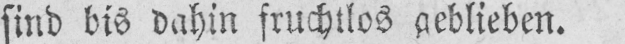
sind bis dahin fruchtlos geblieben.